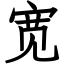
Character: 宽